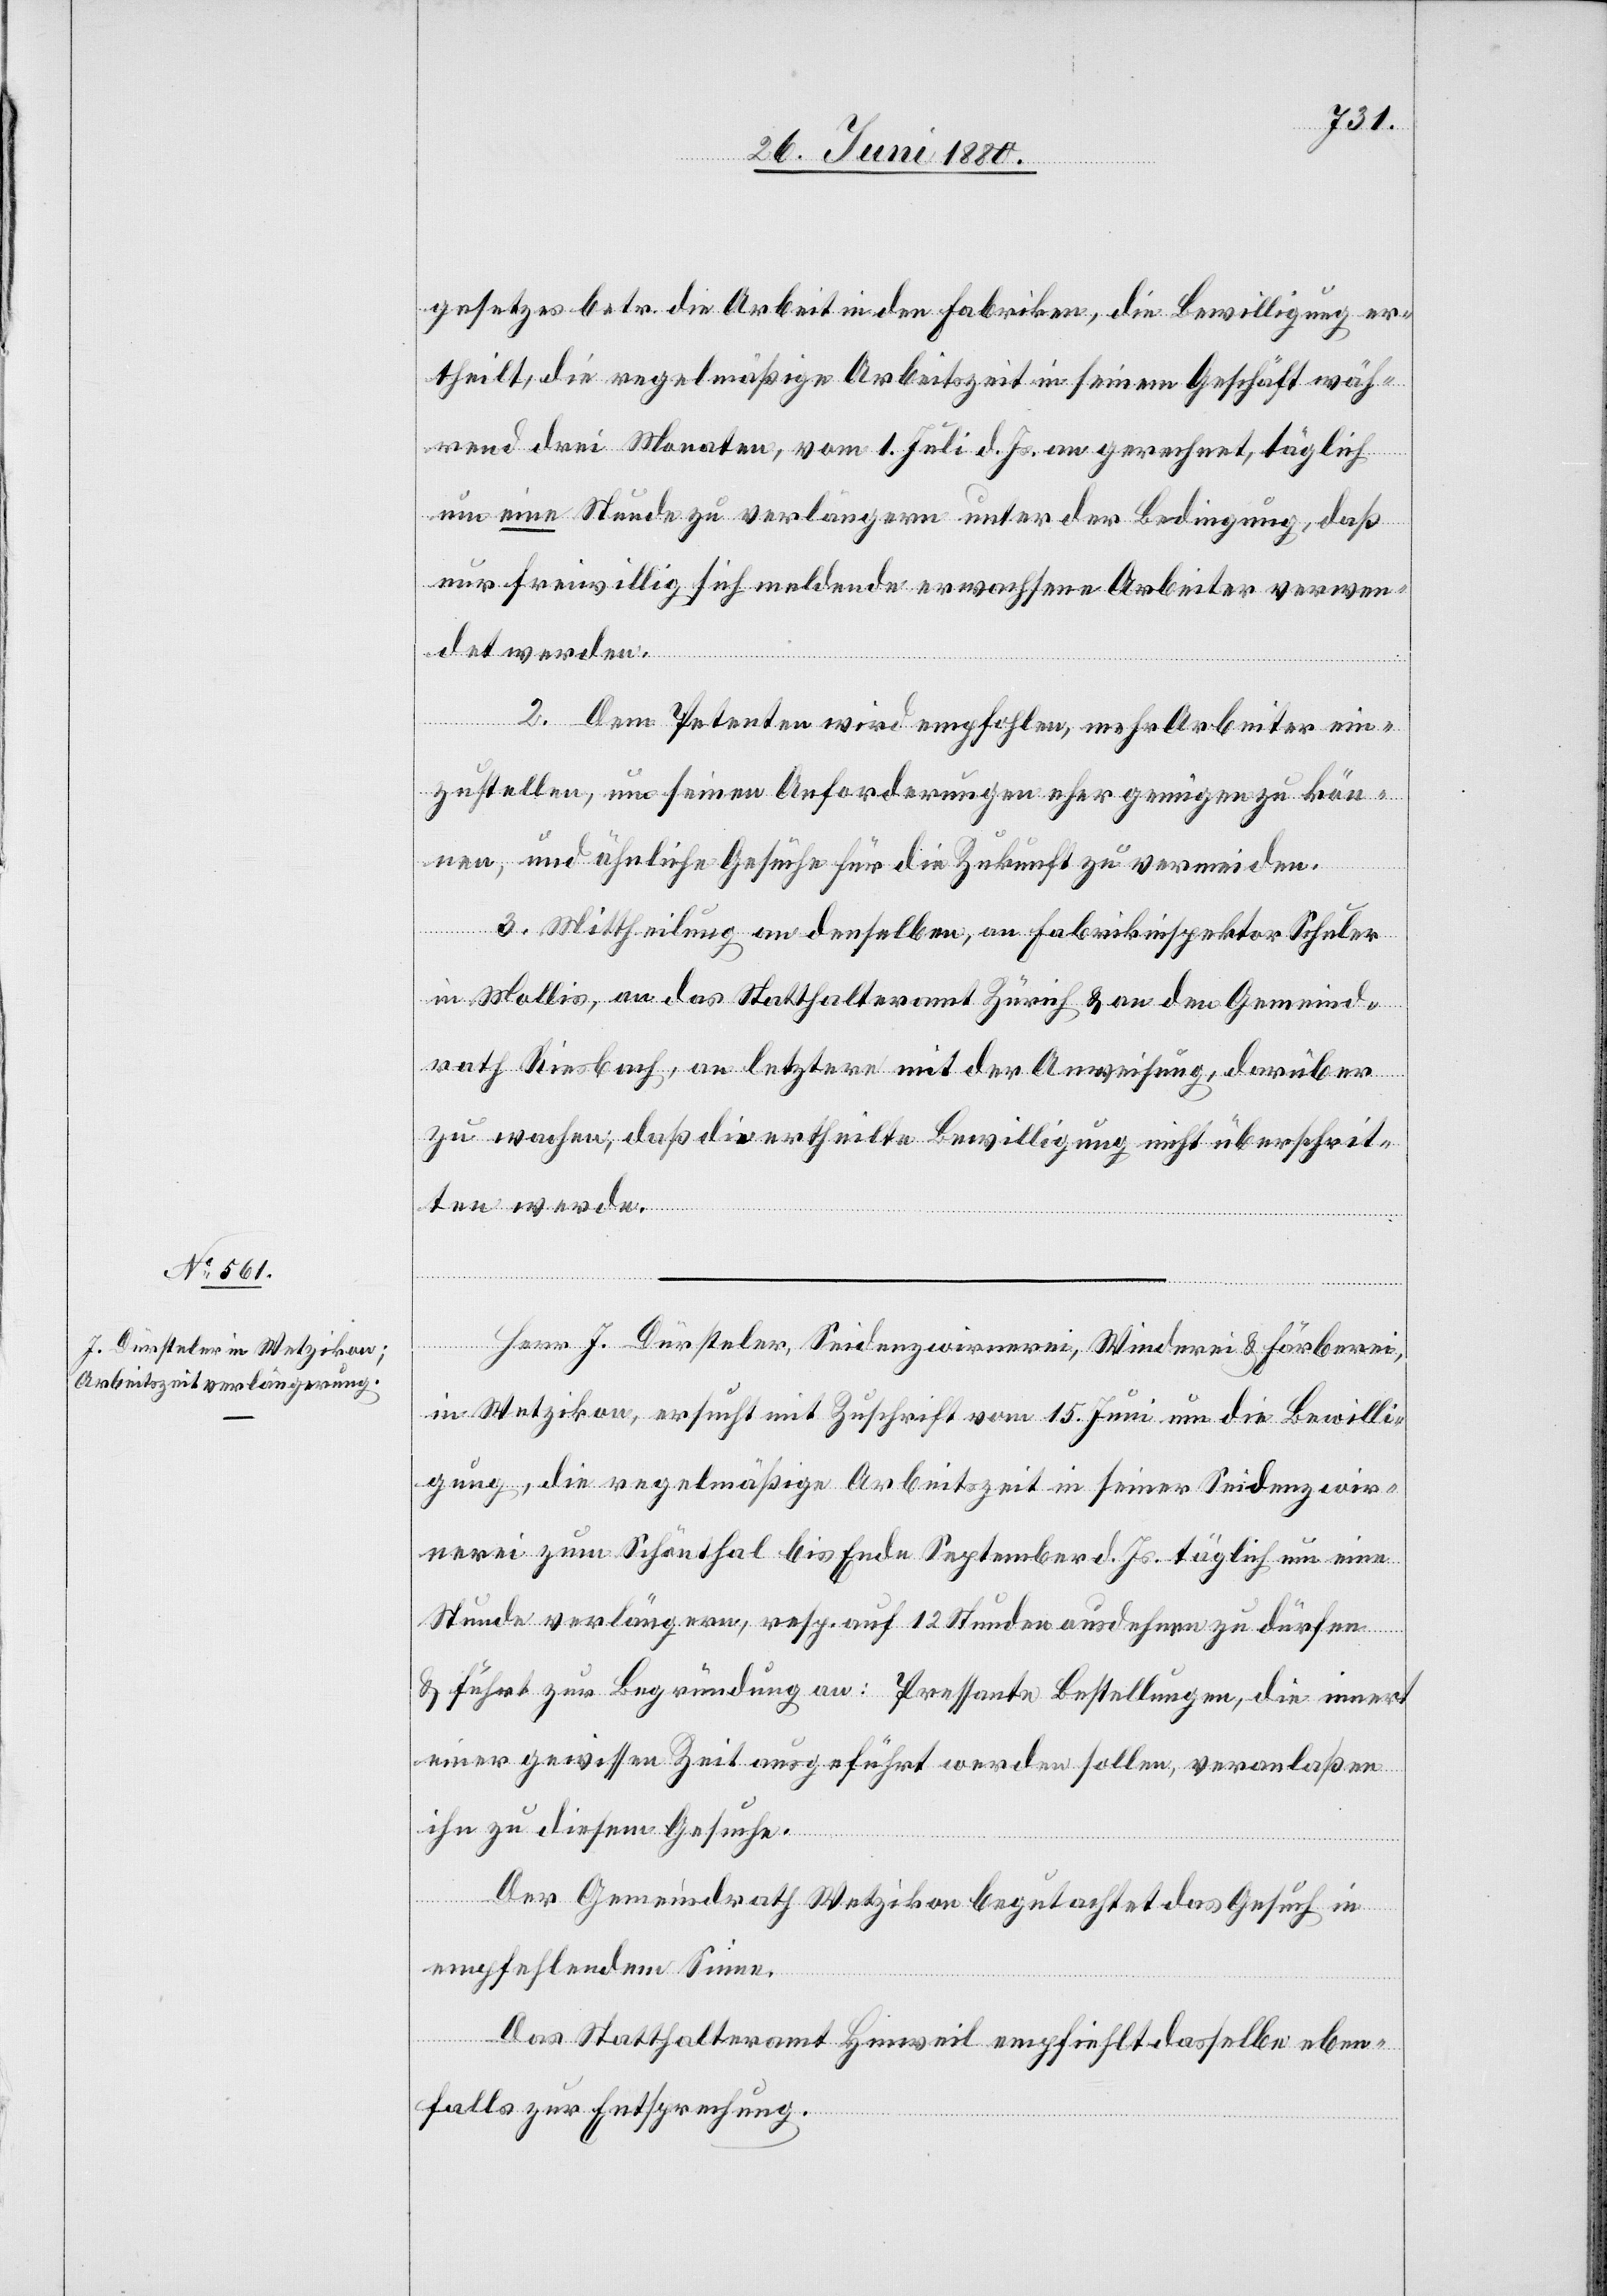
gesetzes betr. die Arbeit in den Fabriken, die Bewilligung er¬
theilt, die regelmäßige Arbeitszeit in seinem Geschäft wäh¬
rend drei Monaten, vom 1. Juli d. Js. an gerechnet, täglich
um eine Stunde zu verlängern unter der Bedingung, daß
nur freiwillig sich meldende erwachsene Arbeiter verwen¬
det werden.
2. Dem Petenten wird empfohlen, mehr Arbeiter ein¬
zustellen, um seinen Anforderungen eher genügen zu kön¬
nen, und ähnliche Gesuche für die Zukunft zu vermeiden.
3. Mittheilung an denselben, an Fabrikinspektor Schuler
in Mollis, an das Statthalteramt Zürich & an den Gemeind¬
rath Riesbach, an letztern mit der Anweisung, darüber
zu wachen, daß die ertheilte Bewilligung nicht überschrit¬
ten werde.
Herr J. Dürsteler, Seidenzwirrnerei, Winderei & Färberei,
in Wetzikon, ersucht mit Zuschrift vom 15. Juni um die Bewilli¬
gung, die regelmäßige Arbeitszeit in seiner Seidenzwir¬
rnerei zum Schönthal bis Ende September d. Js. täglich um eine
Stunde verlängern, resp. auf 12 Stunden ausdehnen zu dürfen
führt zur Begründung an: Pressante Bestellungen, die innert
einer gewissen Zeit ausgeführt werden sollen, veranlaßen
ihn zu diesem Gesuche.
Der Gemeindrath Wetzikon begutachtet das Gesuch in
empfehlendem Sinne.
Das Statthalteramt Hinweil empfiehlt dasselbe eben¬
falls zur Entsprechung.